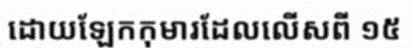
ដោយឡែកកុមារដែលលើសពី ១៥